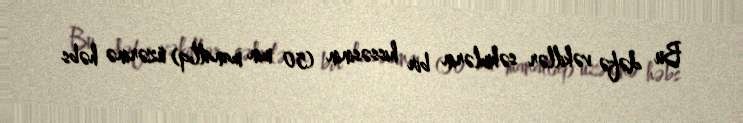
Bu dəfə vəkillər səhmlərin bir hissəsinin (50 min manatlıq) üzərinə həbs